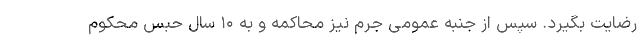
رضایت بگیرد. سپس از جنبه عمومی جرم نیز محاکمه و به ۱۰ سال حبس محکوم